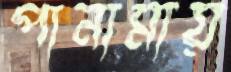
পানামায়